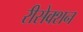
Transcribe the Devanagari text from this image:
रीसेक्शन